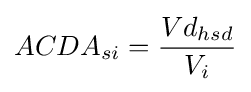
ACDA_{si}={\frac {Vd_{hsd}}{V_{i}}}